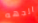
الجهه